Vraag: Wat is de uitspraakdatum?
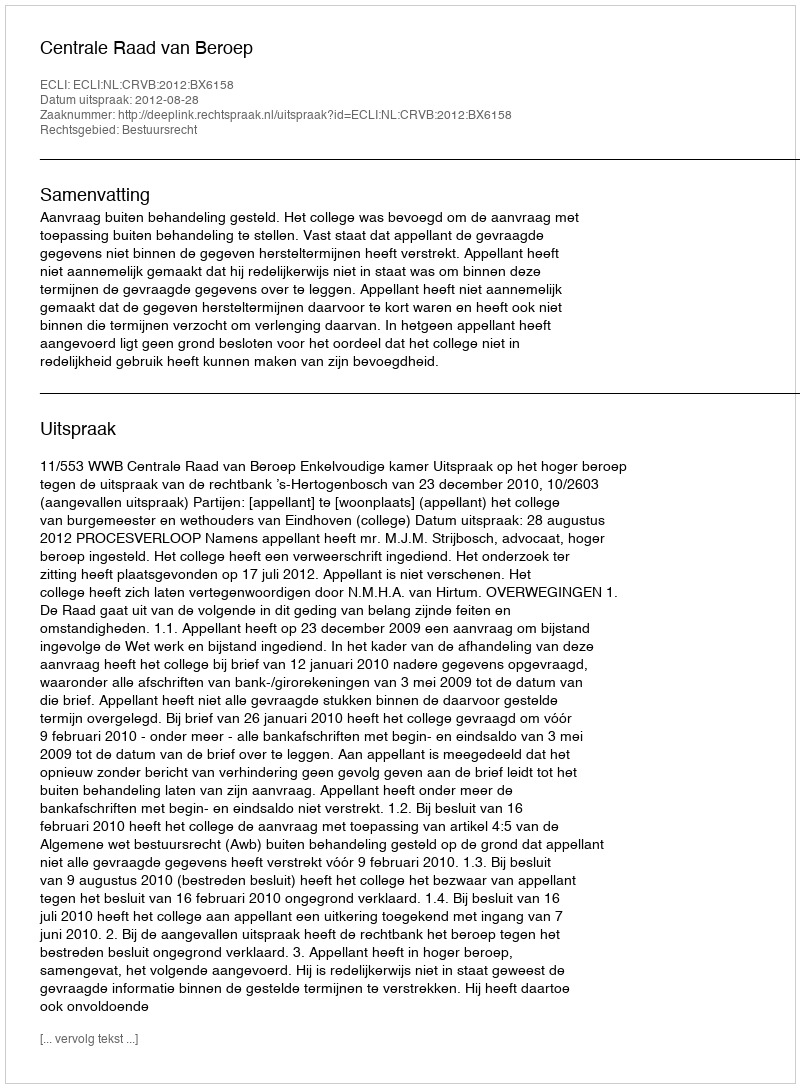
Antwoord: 2012-08-28